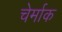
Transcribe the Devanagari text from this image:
चेर्माक